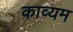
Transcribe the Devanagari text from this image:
काव्यम